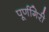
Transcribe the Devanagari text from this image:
पूर्णगिरी